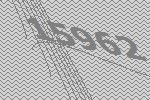
15962